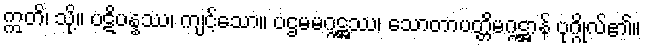
ဣတိ၊ သို့။ ပဋိပန္နဿ၊ ကျင့်သော။ ပဌမမဂ္ဂဋ္ဌဿ၊ သောတာပတ္တိမဂ္ဂဋ္ဌာန် ပုဂ္ဂိုလ်၏။